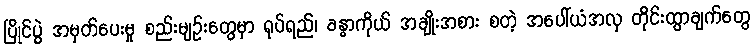
ပြိုင်ပွဲ အမှတ်ပေးမှု စည်းမျဉ်းတွေမှာ ရုပ်ရည်၊ ခန္ဓာကိုယ် အချိုးအစား စတဲ့ အပေါ်ယံအလှ တိုင်းထွာချက်တွေ